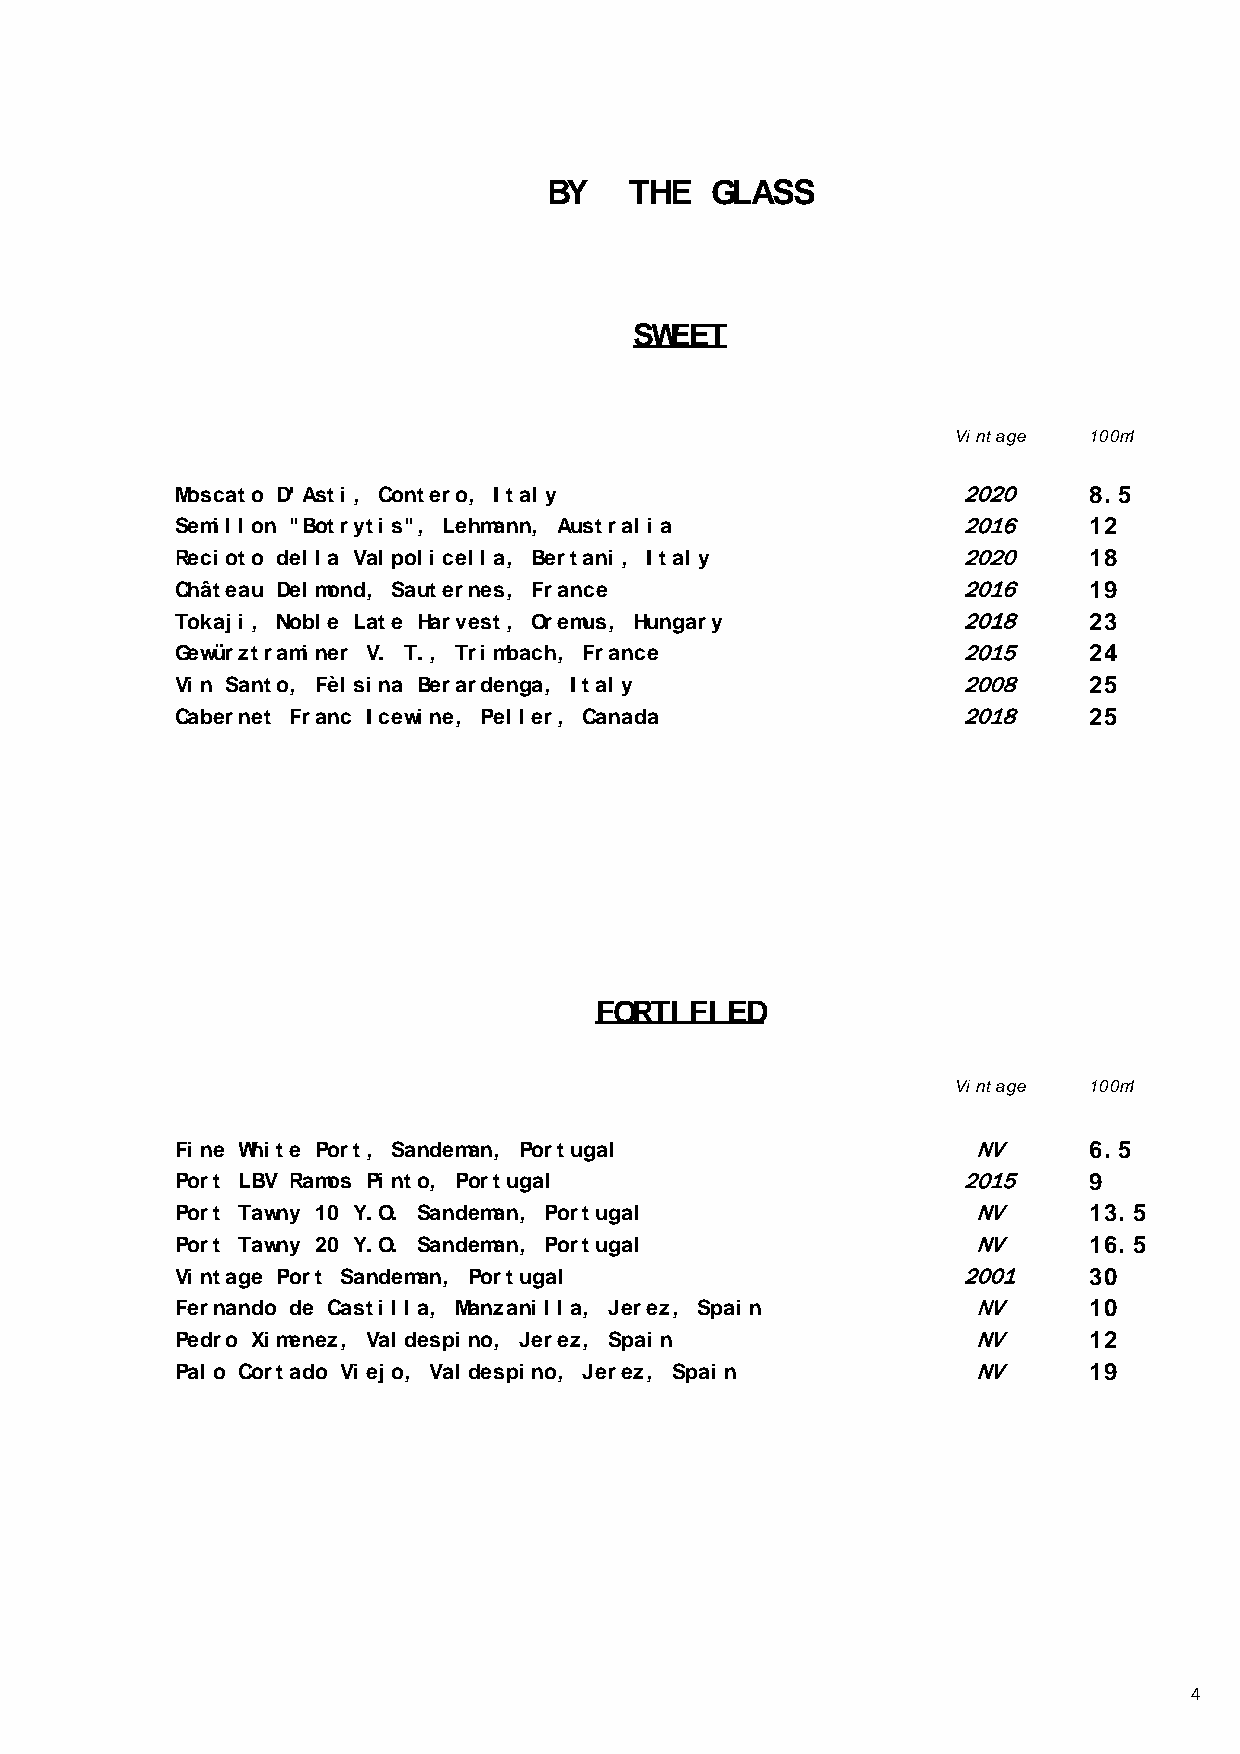
BY   THE   GLASS
 SWEET
 Vi ntage 100ml
 Moscato D' Asti , Contero, I tal y                  2020     8. 5
 Semi l l on "Botryti s", Lehmann, Austral i a       2016     12
 Reci oto del l a Val pol i cel l a, Bertani , I tal y 2020   18
 Château Del mond, Sauternes, France                 2016     19
 Tokaj i , Nobl e Late Harvest, Oremus, Hungary      2018     23
 Gewürztrami ner V. T. , Tri mbach, France           2015     24
 Vi n Santo, Fèl si na Berardenga, I tal y           2008     25
 Cabernet Franc I cewi ne, Pel l er, Canada          2018     25
 FORTI FI ED
 Vi ntage 100ml
 Fi ne Whi te Port, Sandeman, Portugal                NV      6. 5
 Port LBV Ramos Pi nto, Portugal                     2015     9
 Port Tawny 10 Y. O. Sandeman, Portugal               NV      13. 5
 Port Tawny 20 Y. O. Sandeman, Portugal               NV      16. 5
 Vi ntage Port Sandeman, Portugal                    2001     30
 Fernando de Casti l l a, Manzani l l a, Jerez, Spai n NV     10
 Pedro Xi menez, Val despi no, Jerez, Spai n          NV      12
 Pal o Cortado Vi ej o, Val despi no, Jerez, Spai n   NV      19
 4